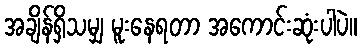
အချိန်ရှိသမျှ မူးနေရတာ အကောင်းဆုံးပါပဲ။